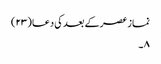
نماز عصرکے بعد کی دعا (۲۳)
۸ ۔